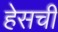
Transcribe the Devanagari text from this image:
हेसची